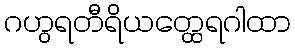
ဂဟွရတီရိယတ္ထေရဂါထာ